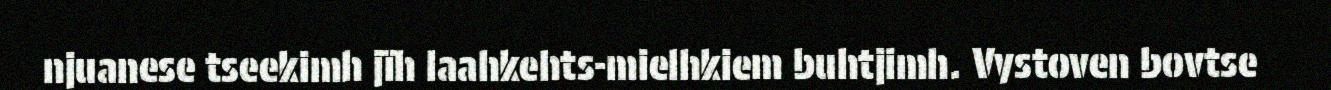
njuanese tseekimh jïh laahkehts-mielhkiem buhtjimh. Vystoven bovtse